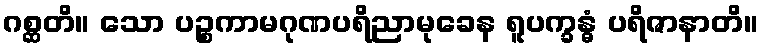
ဂစ္ဆတိ။ သော ပဉ္စကာမဂုဏပရိညာမုခေန ရူပက္ခန္ဓံ ပရိဇာနာတိ။